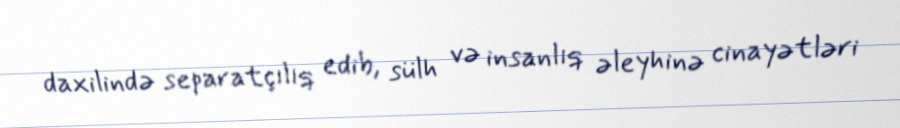
daxilində separatçılıq edib, sülh və insanlıq əleyhinə cinayətləri